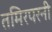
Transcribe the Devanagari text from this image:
तमिरपरनी